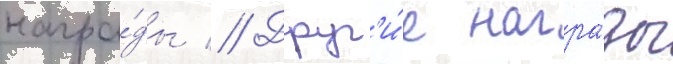
награ́ды // Друг'и́е награ́ды